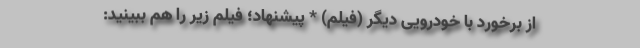
از برخورد با خودرویی دیگر (فیلم) * پیشنهاد؛ فیلم‌ زیر را هم ببینید: